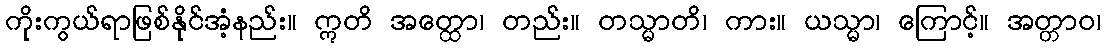
ကိုးကွယ်ရာဖြစ်နိုင်အံ့နည်း။ ဣတိ အတ္ထော၊ တည်း။ တသ္မာတိ၊ ကား။ ယသ္မာ၊ ကြောင့်။ အတ္တာဝ၊